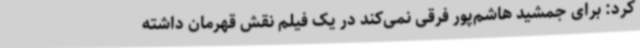
کرد: برای جمشید هاشم‌پور فرقی نمی‌کند در یک فیلم نقش قهرمان داشته